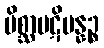
မိစ္ဆာပဋိပန္နဉ္စ